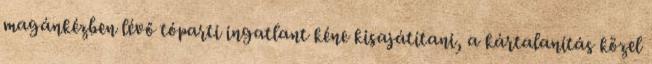
magánkézben lévő tóparti ingatlant kéne kisajátítani, a kártalanítás közel